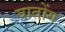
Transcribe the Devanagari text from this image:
यातोंग